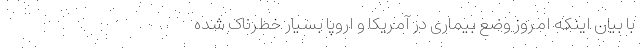
با بیان اینکه امروز وضع بیماری در آمریکا و اروپا بسیار خطرناک شده